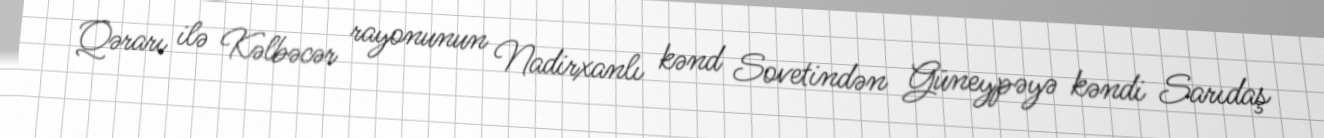
Qərarı ilə Kəlbəcər rayonunun Nadirxanlı kənd Sovetindən Güneypəyə kəndi Sarıdaş